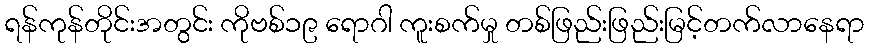
ရန်ကုန်တိုင်းအတွင်း ကိုဗစ်၁၉ ရောဂါ ကူးစက်မှု တစ်ဖြည်းဖြည်းမြင့်တက်လာနေရာ